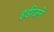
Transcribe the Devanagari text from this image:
इडीजने